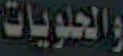
والحلويات